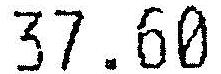
37.60